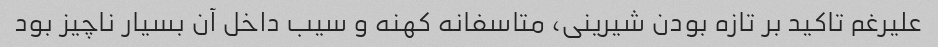
علیرغم تاکید بر تازه بودن شیرینی، متاسفانه کهنه و سیب داخل آن بسیار ناچیز بود